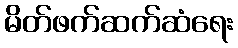
မိတ်ဖက်ဆက်ဆံရေး